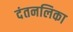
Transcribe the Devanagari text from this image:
दंतनलिका